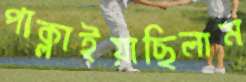
পাক্‌লাইয়াছিলাম